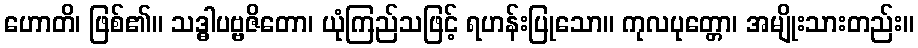
ဟောတိ၊ ဖြစ်၏။ သဒ္ဓါပဗ္ဗဇိတော၊ ယုံကြည်သဖြင့် ရဟန်းပြုသော။ ကုလပုတ္တော၊ အမျိုးသားတည်း။